Vital statistics of India. Vol. VI, European troops 1870-79
Year: 1870
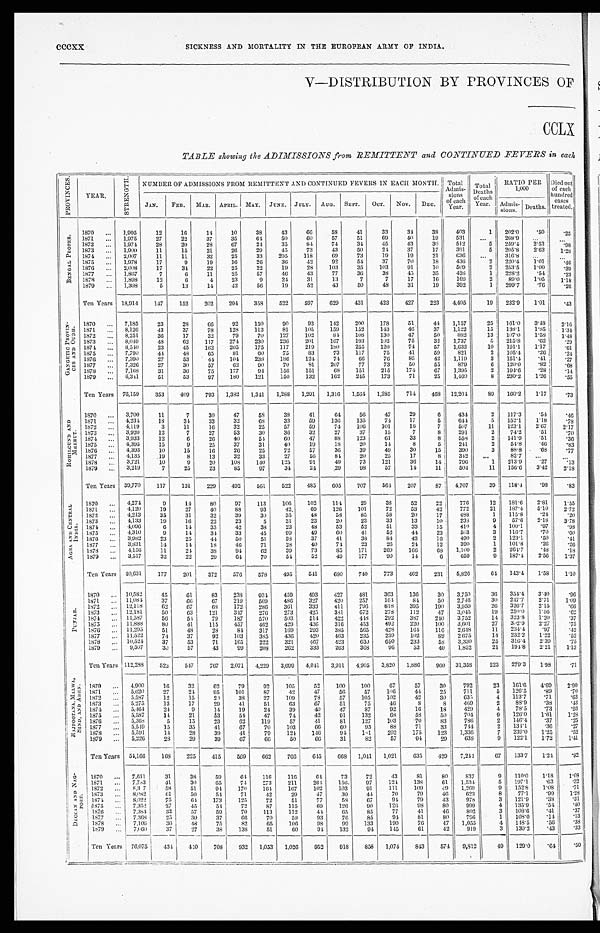
cccxx SICKNESS AND MORTALITY IN THE EUROPEAN ARMY OF INDIA.
V —DISTRIBUTION BY PROVINCES OF
CCLX
TABLE showing the ADIMISSIONS from REMITTENT and CONTINUED FEVERS in each
P R O V I N C E S .
YEAR.
S T R E N G T H .
N U M B E R O F A D M I S S I O N S F R O M R E M I T T E N T A N D C O N T I N U E D F E V E R S I N E A C H M O N T H .
Tot al Admi s- s i o n s
of
each Y e a r .
Total
Deaths
of each Year.
RATIO PER
1,000
D i e d o u t
o f e a c h
hundred
cases
treated.
J A N .
FEB. MAR. APRIL. MAY. JUNE. JULY. AUG. SEPT. OCT. N O V .
DEC
Admis-
s i o n s .
Deaths.
B E N G A L P R O P E R .
1870 ... 1,995
12
16
14
10
3 8
43
6 6
5 8
41
33
3 4
38
403
1 202. 0
.50
.25
1871 ... 1,975
27
22
37
35
6 4
50
60
57
51
69
40
19
531
. . . 268. 9
...
. . .
1872
. . . 1,974
28
20
28
67
24
35
84
7 4
3 4
45
43
3 0
512
5 259.4 2. 53
.98
1873 . . .
1,900
11
15
21
26
2 9
45
73
43
50
24
37
17
391
5 205. 8
2. 63
1.28
1874 ... 2,007
11
11
32
25
33
205 118
69
73
19
19
21
636 ...
316. 8
...
. . .
1875 ... 1,978
17
9
19
16
2 6
36
4 2
92
54
37
70
18
436
2 220. 4
1.01
. 4 6
1876 ... 2,008
17
34
22
25
22
19
28
103
35
103
91
1 0
509
2 253.5 1.00
. 3 9
1877 ... 1,867
7
6
11
25
57
46
43
77
36
38
4 5
3 5
426
1 228. 2
. 5 4
.23
1878 ... 1,898
12
6
4
23
9 24
31
13
7
7
17
16
169
2 89.0 1.05
1.18
1879 ... 1,308
5 13
1 4
42
56
19
52
43
50
48
31
1 9
392
1 299. 7
. 7 6
.26
Ten Years 18,914 147
152
202 294 358
522
5 9 7
629
431
423
427
223 4,405
19 232. 9
1. 01
.43
G A N G E T I C P R O V I N
C E S A N D O U D H . 1870 ... 7,185
23
28
6 6
9 2 150
90
93
142
200
178
51
44 1,157
25 161.0 3.48 2 . 1 6
1871 ... 8,126
43
37
78
128
113
81
105
159
152
143
4 6
37 1,122
15 138.1 1.85
1.34
1872 ... 8,251
36
17
32
79
70
127
1 0 2
8 4
108
130
47
50
882
13 107.0 1.58
1.48
1873 ... 8,049
48
62
117
274 230
236 201
167
193
102
75
32 1,737
5 215. 8
.62
.29
1874 . . . 8,540
23
4 5 162
205
175
117
219
1 8 0
255
120
74
57 1,632
10 191.1 1.17
.61
1875 ... 7,790
4 4
48
65
81
60
75
83
73
117
75
41
59
821
2 105. 4
.26 .24
1876
. . . 7,390
27
53
4 4
104
238
186
124
74
66
76
85
42 1,119
3 151.4
.41
.27
1877 ... 7,326
27
30
57
62
90
70
81
207
77
73
50
55
879
6 120. 0
.82
.68
1878 ... 7,168
31
36
75
177
94
156
151
68
151
215
174
67 1,395
2 194. 6
.28
.14
1879 ... 6,341
51
53
97
180
121
150
132
162
245
173
71
25 1,460
8 230.2 1.26
.55
Ten Years 76,159
353
409
793 1,382 1,341 1,288 1,291 1,316 1,564 1,285 714 4 6 8
12,204
89 160.2 1.17
.73
R O H I L C U N D A N D M E E R U T .
1870 ... 3,700
11
7
30
47
58
38
41
64
56
47
29
6
434
2 117.3
. 5 4
.46
1871
. . . 4,234
18
34
33
32
68
33
59
136
135
74
17
5
644
5 152.1 1.18
.78
1872
. . . 4,119
3
11
16
32
25
57
59
74
106
101
16
7
507
11 123.1 2.67
2.17
1873 ... 3,920
12
7
27
53
30
36
32
27
37
15
7
8
291
2
74. 2
.51
.70
1874
. . . 3,933
12
6
26
40
54
60
47
88
123
61
33
8
558
2 141.9
.51
.36
1875 ... 4,395
15
9
25
37
31
40
19
18
20
14
8
5
241
2
54. 8
. 4 6
.83
1876
. . . 4,393
10
15
16
26
25
72
57
36
39
49
30
15
390
3
88.8
.68
. 7 7
1877 ... 4,135
19
8
13
32
33
27
56
8 4
20
25
17
8
342
. . .
82.7 ...
...
1878 ... 3,721
10
9
20
108
140
125
91
49
73
121
36
14
796
1 213.9
.27
.13
1879 ... 3,219
7
25
23
85
97
34
24
29
98
57
14
11
504
11 156.6 3. 42
2.18
Ten Years 39,770
117
131
229
492
561
522
485
605
707
564 207
87 4,707
39 118.4
. 9 8
.83
A G R A A N D C E N T R A L I N D I A .
1870
. . . 4,274
9
14
80
97
113
106
102
114
29
38
52
22
776
12 181.6 2.81
1.55
1871
. . . 4,120
19
27
40
88
93
42
69
126
101
72
53
42
772
21 187.4
5.10 2.72
1872 ... 4,213
35
31
32
39
30
35
48
58
85
58
20
17
488
1 115.8
.24
.20
1873 ... 4,133
19
16
22
23
5
31
23
20
23
33
13
10
238
9 57.6 2.18
3.78
1874
. . . 4,096
6
14
35
42
38
23
48
53
52
51
33
15
410
4 100.1
.97
.98
1875
. . . 4,310
9
14
34
33
45
99
49
60
41
52
44
23
503
3 116.7
.70
.60
1876 . . . 3,982
23
25
44
50
51
38
37
41
38
84
43
16
490
2 123.1
.50
.41
1877 ... 3,831
14
14
18
46
71
28
40
74
23
26
24
12
390
1 101.8
.26
. 26
1878 ... 4,156
11
24
38
94
62
39
73
85
171
269
166
68 1,100
2 264.7
.48
.18
1879 ... 3,517
32
22
29
6 4 70
54
52
49
177
90
14
6 659
9 187.4 2.56
1.37
Ten Years 40,631
177
201
372
576
578
495
541
680
740
773
462
231 5,826
64 143.4
1.58
1.10
P U N J A B .
1870
. . . 10,582
45
61
83
238 934
459
493
427
481
363 136
30 3,750
36 354.4
3.40
. 9 6
1871 ... 11,084
37
66
67
219
569
486 327
420
257
164
84
50 2,746
30 247.7
2.71 1.09
1872 ... 12,118
62
6 7 68
172
286
361
333
411
796
818
395
190 3,959
26 326.7
2.15
. 6 6
1873 ... 12,181
50
63
121
347 276
273
425
381
672
278 112
47 3,045
19 250.0
1.56
.62
1874 ... 11,587
56
54
79
187
570
503
514
422
448
292
387
240 3.752
14 323.8 1.20
.37
1875 ... 11,888
80
41
115
457
462
429
436
316
453
492
220
100 3,601
27 302.9
2.27
.75
1876 ... 11,295
51
48
28
84
317
169
293
385
565
428
164
116 2,648
11 234.4
.97
.42
1877 ... 11,522
74
37
92
103
385
436
420
463
235
239
102
89 2.675
14 232.2 1.2
.52
1878 ... 10,524
37
53
71
165
222
321
467
423
630
650
233
58 3,330
25 316.4
2.39
.75
1879 ... 9,507
30
57
43
99
208
262
333
263
368
9 6 53
40 1,852
21 194.8 2.21 1.13
Ten Years 112,288
522
547
767 2,071 4,229 3,699 4,041 3,911 4,905 3,820 1,886 960 31,358
223 279.3 1.98
.71
R A J P O O T A N A , M A L W A , S I N D , A N D A D E N . 1870 ... 4,900
16
32
62
79
92
105
52
100
100
67
57
30
792
23 161.6 4.69
2.90
1871
. . . 5,620
27
24
95
101
87
42
47
56
57
106
44
25
711
5 126.5
.89
.70
1872 ... 5,587
12
15
20
38
27
109
78
57
105
102
42
3 0 635
4 113.7
.71
.63
1873 ... 5,275
13
17
29
41
51
63
67
51
75
46
8
8
469
2
88.9
.38
.43
1874 ... 5,464
24
9
14
19
24
39
40
47
87
92
16
18
429
4 78.5
.73
.93
1875 ... 5,587
14
21
53
54
47
74
42
91
132
6 8 58
50
704
9 126.0 1.61
1.28
1876 ... 5,368
5
15
23
62
119
57
41
81
127
103
70
83
786
2 146.4 .37
.25
1877
. . . 5,549
15
35
41
67
70
103
66
60
9 3
88
71
33
744
2 134.1
.36
.27
1878 ... 5,591
14
28
39
41
79
124 146
94 181
292
175
123 1,336
7 239.0 1.25
.52
1879 ... 5,226
28
29
39
67
66
50
66
31
82
57
94
29
638
9 122.1 1.72
1.41
Ten Years 54,166
168 225
415
569 662
766
645 668 1,041 1,021
635
429 7,244
67 133.7 1.24
.92
D E C C A N A N D N A G -
P O R E .
1870 ... 7,611
31
38
59
64 116 116
64
73
72
43
81
80
837
9 110.0 1.18 1.08
1871
. . . 7,783
41
30
65
74
273
211
264 156.
97
124
138
61 1,534
5 197.1
.63 .32
1872 ... 8,3 7
58
51
94
170 164 167
102
103
91
111
109
49 1,269
9 152.8 1.08 .71
1873 ... 8,082
61
50
54
71
42
29
47
30
44
70
79
46
623
8
77.1
.99
1.28
1874 ... 8,022
75
64 173
125
72
51
77
58
67
94
79
43
978
3 121.9
.38
.31
1875 ... 7,352
37
45
54
72
87
115
69
126
90
126
98
80
999
4 135.9 .54 . 4 0
1876
. . . 7,384
33
57
59
70
113
112
44
65
85
77
41
46
802
3 108.6
.41
.37
1877 ... 7,368
25
30
37
66
70
59
93
76
85
94
81
80
796
1 108.0
.14
.13
1878 ... 7,106
36
48
75
82
65
106
98
99
133
190
76
47 1,055
4 148.5 .56
.38
1879
. . . 7.060
37
27
38
138
51
60
94 132
94 145
61
42
919
3 130.2
.43
.33
Ten Years 76,075
434 440 703
932 1,053 1,026 952
918 858 1,074
843
574 9,812
49 129.0
.64
.50